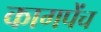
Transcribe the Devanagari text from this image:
कागपेंच